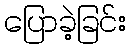
ပြောခဲ့ခြင်း